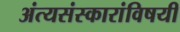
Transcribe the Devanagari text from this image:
अंत्यसंस्कारांविषयी